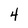
Character: 4